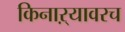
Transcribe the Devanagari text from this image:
किनाऱ्यावरच